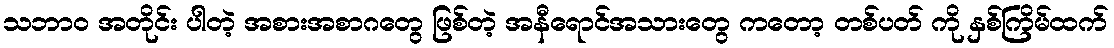
သဘာဝ အတိုင်း ပါတဲ့ အစားအစာဂတွေ ဖြစ်တဲ့ အနီရောင်အသားတွေ ကတော့ တစ်ပတ် ကို နှစ်ကြိမ်ထက်